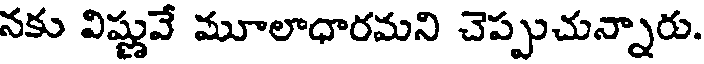
నకు విష్ణువే మూలాధారమని చెప్పుచున్నారు.